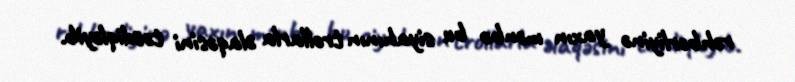
rəhbərliyinə yaxın mənbə bu siyahının trollarla əlaqəsini təsdiqləyib.